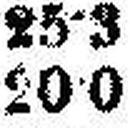
20•0